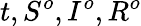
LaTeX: t,S^{o},I^{o},R^{o}